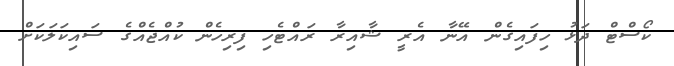
ކޯސްޓް ދަޅު ހިފައިގެން އޭނާ އެރީ ޝާއިރާ ރައްޓެހި ފިރިހެން ކުއްޖެއްގެ ސައިކަލަކަށް